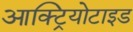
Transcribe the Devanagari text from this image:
आक्ट्रियोटाइड